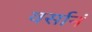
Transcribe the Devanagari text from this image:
वर्सानं